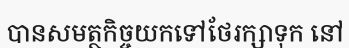
បានសមត្ថកិច្ចយកទៅថែរក្សាទុក នៅ